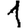
Digit: 1